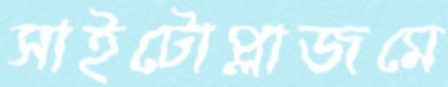
সাইটোপ্লাজমে